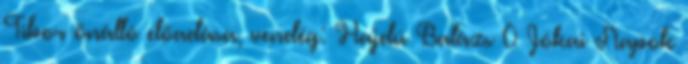
Tibor önálló előadása, vendég: Hajdú Balázs 0 Jókai Napok